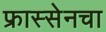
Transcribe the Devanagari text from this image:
फ्रास्सेनचा